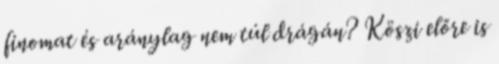
finomat és aránylag nem túl drágán? Köszi előre is